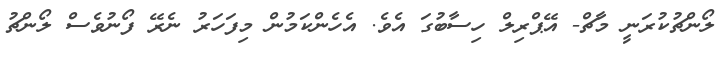
ލޯންޗުކުރަނީ މާޗް- އޭޕްރިލް ހިސާބުގަ އެވެ. އެހެންކަމުން މިފަހަރު ނެރޭ ފޯނުވެސް ލޯންޗު